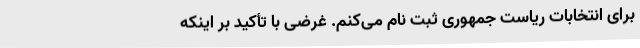
برای انتخابات ریاست جمهوری ثبت نام می‌کنم. غرضی با تأکید بر اینکه